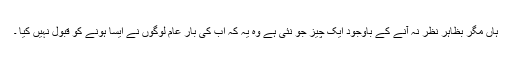
ہاں مگر بظاہر نظر نہ آنے کے باوجود ایک چیز جو نئی ہے وہ یہ کہ اب کی بار عام لوگوں نے ایسا ہونے کو قبول نہیں کیا ۔